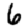
Digit: 6